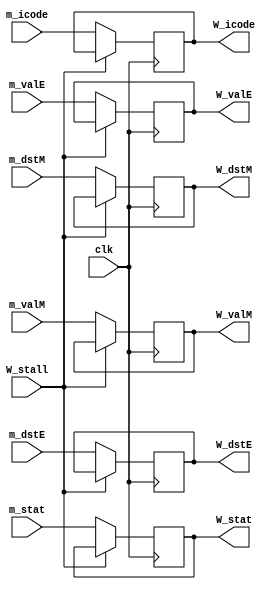
module W_reg(clk, m_stat, m_icode, m_valE, m_valM, m_dstE, m_dstM, W_stall, W_stat, W_icode, W_valE, W_valM, W_dstE, W_dstM);

input clk, W_stall;
input [3:0] m_stat, m_icode, m_dstE, m_dstM;
input [63:0] m_valE, m_valM;
output reg [3:0] W_stat, W_icode, W_dstE, W_dstM;
output reg [63:0] W_valE, W_valM;

reg [3:0] stat, icode;
reg [63:0] valE, valM, dstE, dstM;

initial begin 
    W_stat = 8;
end

always@(*)
begin
    stat = m_stat;
    icode = m_icode;
    valE = m_valE;
    valM = m_valM;
    dstE = m_dstE;
    dstM = m_dstM;
end

always@(posedge clk)
begin
    if (!W_stall) begin
        W_stat <= stat;
        W_icode <= icode;
        W_valE <= valE;
        W_valM <= valM;
        W_dstE <= dstE;
        W_dstM <= dstM;
    end
end


endmodule